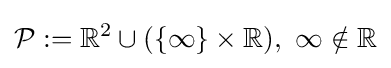
{\mathcal {P}}:=\mathbb {R} ^{2}\cup (\{\infty \}\times \mathbb {R} ),\ \infty \notin \mathbb {R}